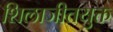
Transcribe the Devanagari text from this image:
शिलाजीतयुक्त